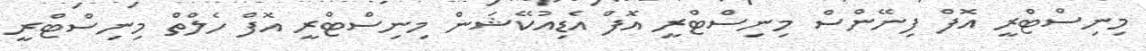
މިނިސްޓްރީ އޮފް ފިނޭންސް މިނިސްޓްރީ އޮފް އެޑިއުކޭޝަން މިނިސްޓްރީ އޮފް ހެލްތް މިނިސްޓްރީ